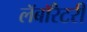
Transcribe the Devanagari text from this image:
लॅबॉरेटरी